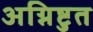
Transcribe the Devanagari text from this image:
अग्निष्टुत